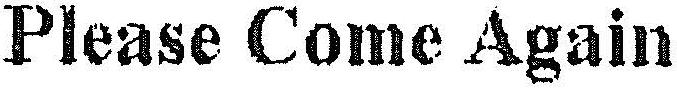
PLEASE COME AGAIN